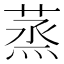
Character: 蒸